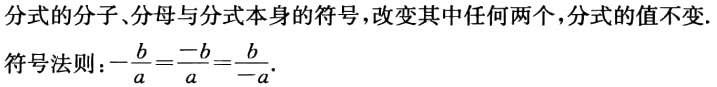
分式的分子、分母与分式本身的符号，改变其中任何两个，分式的值不变.

符号法则：\(-\frac{b}{a}=\frac{-b}{a}=\frac{b}{-a}\).